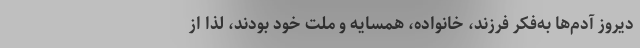
دیروز آدم‌ها به‌فکر فرزند، خانواده، همسایه و ملت خود بودند، لذا از